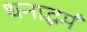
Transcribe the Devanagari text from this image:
धनाद्धर्मं